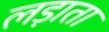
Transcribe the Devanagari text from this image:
लड़ाता